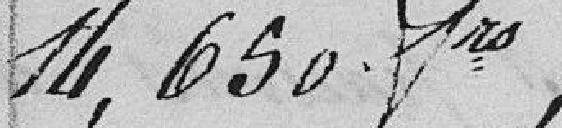
14,450 francs ;